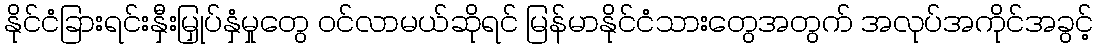
နိုင်ငံခြားရင်းနှီးမြှုပ်နှံမှုတွေ ဝင်လာမယ်ဆိုရင် မြန်မာနိုင်ငံသားတွေအတွက် အလုပ်အကိုင်အခွင့်